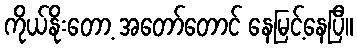
ကိုယ်နိုးတော့ အတော်တောင် နေမြင့်နေပြီ။